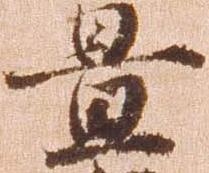
置